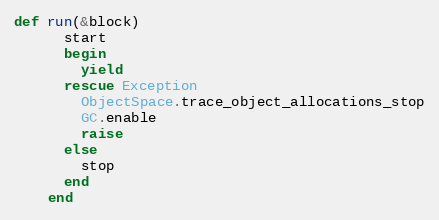
Language: Ruby
def run(&block)
      start
      begin
        yield
      rescue Exception
        ObjectSpace.trace_object_allocations_stop
        GC.enable
        raise
      else
        stop
      end
    end